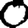
Digit: 0